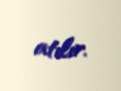
atılır.